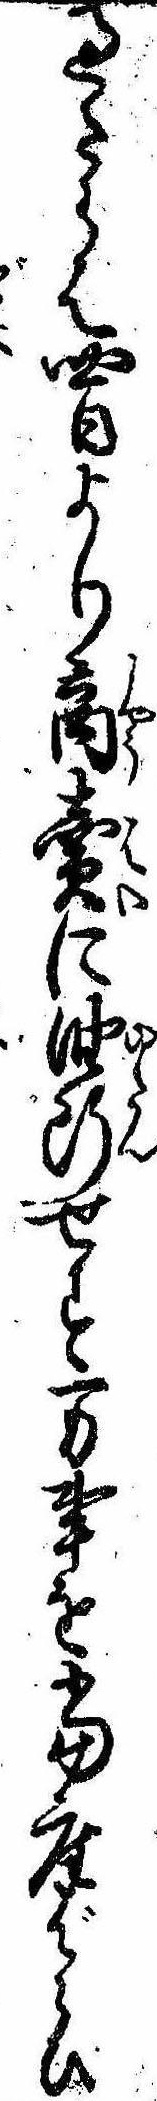
過たらは四日より商売に油断せす万事を当座ばらひ